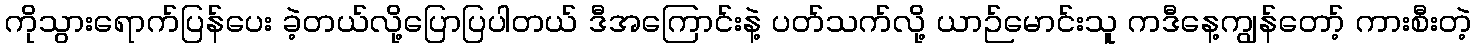
ကိုသွားရောက်ပြန်ပေး ခဲ့တယ်လို့ပြောပြပါတယ် ဒီအကြောင်းနဲ့ ပတ်သက်လို့ ယာဉ်မောင်းသူ ကဒီနေ့ကျွန်တော့် ကားစီးတဲ့